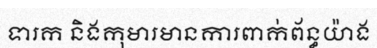
ទារក និងកុមារមានការពាក់ព័ន្ធយ៉ាង